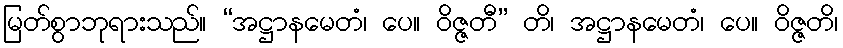
မြတ်စွာဘုရားသည်။ “အဋ္ဌာနမေတံ၊ ပေ။ ဝိဇ္ဇတီ” တိ၊ အဋ္ဌာနမေတံ၊ ပေ။ ဝိဇ္ဇတိ၊